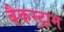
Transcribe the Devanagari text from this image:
बैकस्ट्राम